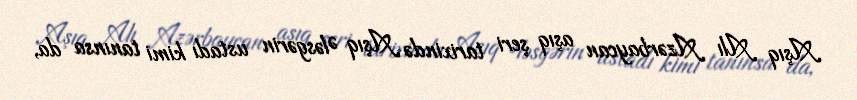
Aşıq Alı Azərbaycan aşıq şeri tarixində Aşıq Ələsgərin ustadı kimi tanınsa da,